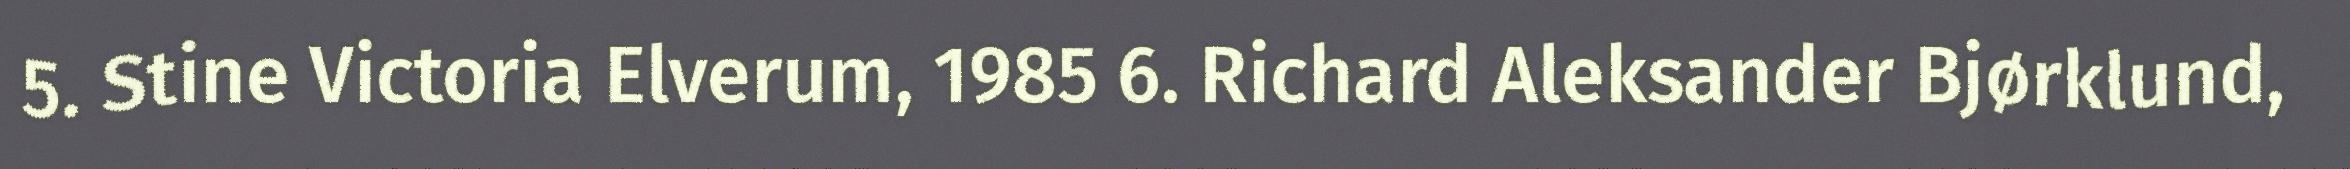
5. Stine Victoria Elverum, 1985 6. Richard Aleksander Bjørklund,